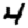
Digit: 4